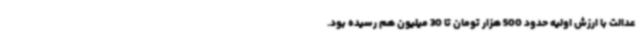
عدالت با ارزش اولیه حدود 500 هزار تومان تا 30 میلیون هم رسیده بود.